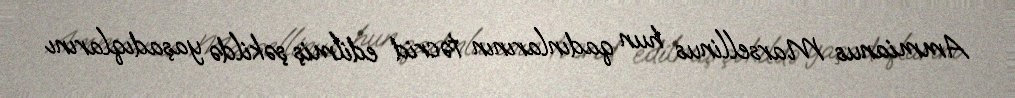
Ammianus Marsellinus hun qadınlarının təcrid edilmiş şəkildə yaşadıqlarını